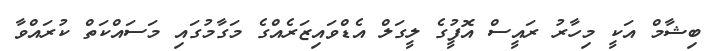
ބިޝާމް އަކީ މިހާރު ރައީސް އޮފީުގެ ލީގަލް އެޑްވައިޒަރެއްގެ މަގާމުގައި މަސައްކަތް ކުރައްވާ